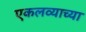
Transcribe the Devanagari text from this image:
एकलव्याच्या